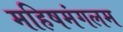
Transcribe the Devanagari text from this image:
महिषमंगलम